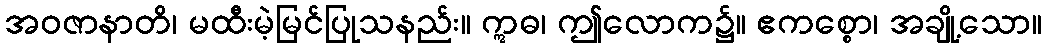
အဝဇာနာတိ၊ မထီးမဲ့မြင်ပြုသနည်း။ ဣဓ၊ ဤလောက၌။ ဧကစ္စော၊ အချို့သော။